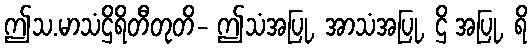
ဤသ.မာသံဌိရိတီတုတိ- ဤသံအပြု, အာသံအပြု, ဌိ အပြု, ရိ